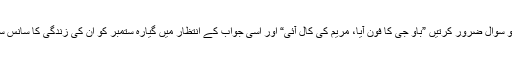
وہ ہوش میں آتیں تو سوال ضرور کرتیں ”باؤ جی کا فون آیا، مریم کی کال آئی“ اور اسی جواب کے انتظار میں گیارہ ستمبر کو ان کی زندگی کا سانس سے رشتہ ٹوٹ گیا۔